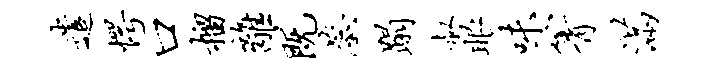
遣愕口榴离既蕊蹋叔眼味箐满